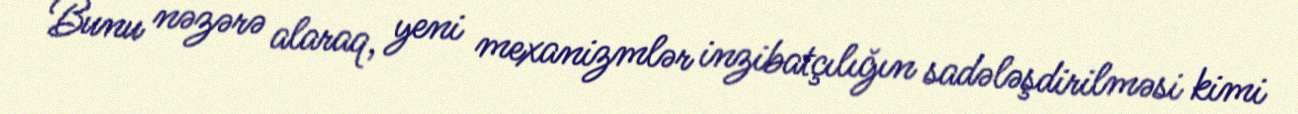
Bunu nəzərə alaraq, yeni mexanizmlər inzibatçılığın sadələşdirilməsi kimi